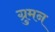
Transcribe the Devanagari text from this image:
ग्रुमन